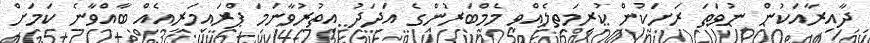
ދާއިރާއަކުން ނުވަތަ ރަށަކުން ކުރިމަތިލެއްވި މެމްބަރުންގެ އަދަދު އިތުރުވާނަމަ ޕްރައިމަރީއެއް ބާއްވާނެ ކަމަށް